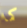
كما